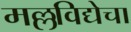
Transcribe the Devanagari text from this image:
मल्लविद्येचा